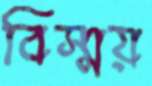
বিস্ময়